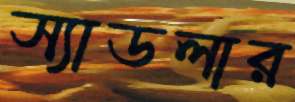
স্যাডলার